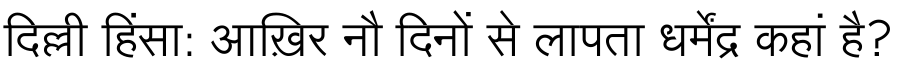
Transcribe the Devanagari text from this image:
दिल्ली हिंसा: आख़िर नौ दिनों से लापता धर्मेंद्र कहां है?